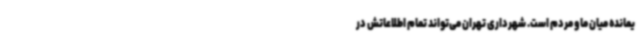
یمانده میان ما و مردم است. شهرداری تهران می‌تواند تمام اطلاعاتش در